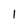
Character: 1